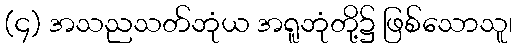
(၄) အသညသတ်ဘုံယ အရူဘုံတို့၌ ဖြစ်သောသူ၊